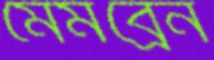
মেমব্রেন